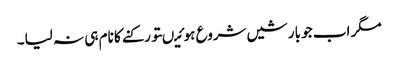
مگر اب جو بارشیں شروع ہوئیںتو رکنے کا نام ہی نہ لیا۔